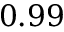
0 . 9 9